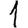
Digit: 1